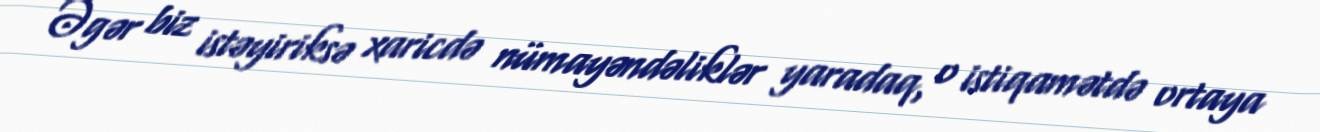
Əgər biz istəyiriksə xaricdə nümayəndəliklər yaradaq, o istiqamətdə ortaya